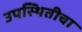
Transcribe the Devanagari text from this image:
उपस्थितीचा